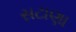
સટાણા